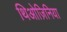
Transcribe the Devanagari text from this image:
थिओज़िनिया